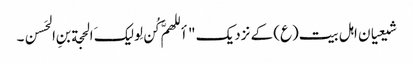
شیعیان اہل بیت(ع) کے نزدیک "أللهمَّ کُن لِولیکَ الحجة بنِ الحَسن۔